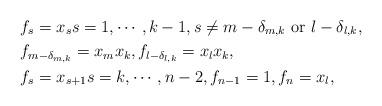
LaTeX: \begin{align*}&\,f_{s}=x_s s=1,\cdots, k-1,s\neq m-\delta_{m,k} \hbox{ or } l-\delta_{l,k},\\&\, f_{m-\delta_{m,k}}=x_mx_k, f_{l-\delta_{l,k}}=x_lx_k,\\&\,f_{s}=x_{s+1} s=k,\cdots, n-2, f_{n-1}=1, f_{n}=x_l,\\\end{align*}